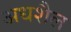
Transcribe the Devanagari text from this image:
अधशैल